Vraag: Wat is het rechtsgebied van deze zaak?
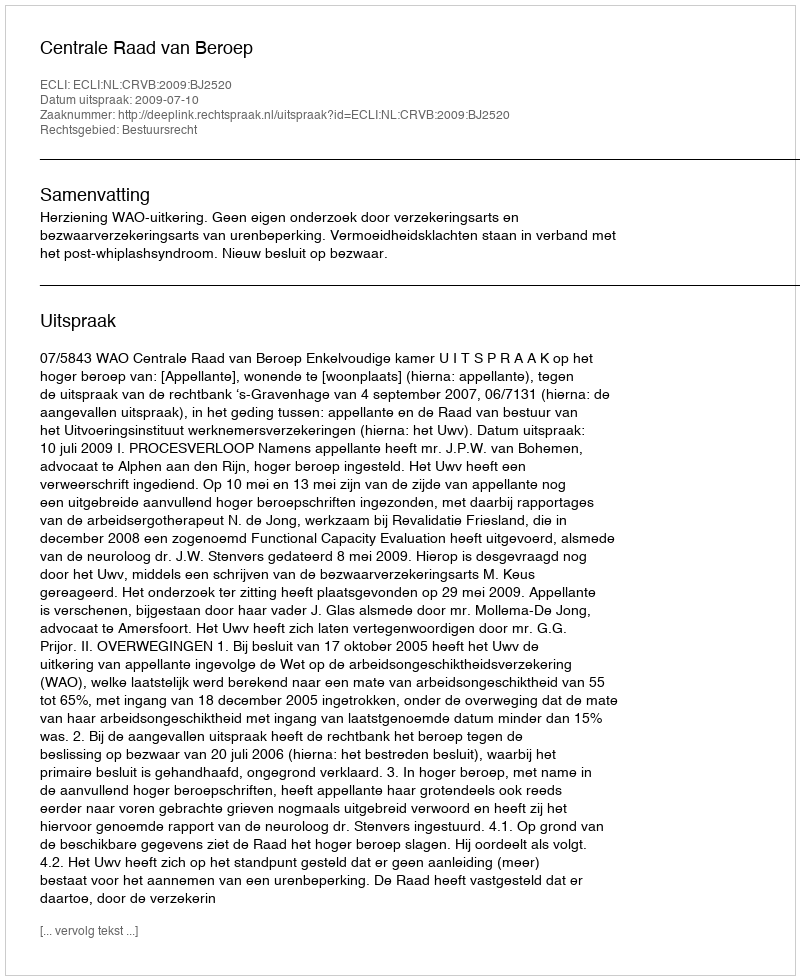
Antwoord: Bestuursrecht